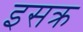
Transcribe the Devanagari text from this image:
इसक्र